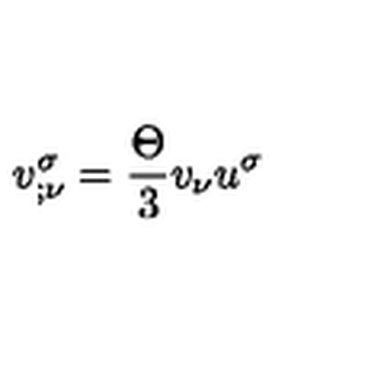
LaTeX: v _ { ; \nu } ^ { \sigma } = \frac { \Theta } { 3 } v _ { \nu } u ^ { \sigma }